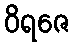
ဝိရဇေ